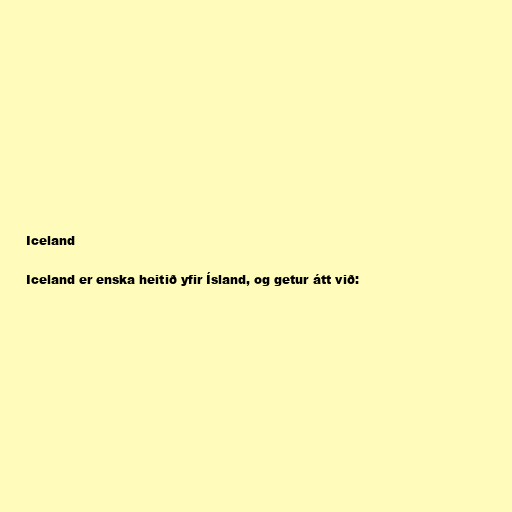
Iceland

Iceland er enska heitið yfir Ísland, og getur átt við: